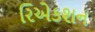
રિએકશન